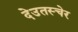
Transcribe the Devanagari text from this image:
देउतस्चेर